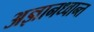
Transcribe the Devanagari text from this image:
अज्ञानध्वान्त